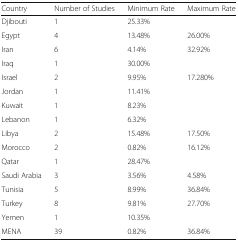
<table><thead><tr><td><b>Country</b></td><td><b>Number of Studies</b></td><td><b>Minimum Rate</b></td><td><b>Maximum Rate</b></td></tr></thead><tbody><tr><td>Djibouti</td><td>1</td><td colspan="2">25.33%</td></tr><tr><td>Egypt</td><td>4</td><td>13.48%</td><td>26.00%</td></tr><tr><td>Iran</td><td>6</td><td>4.14%</td><td>32.92%</td></tr><tr><td>Iraq</td><td>1</td><td colspan="2">30.00%</td></tr><tr><td>Israel</td><td>2</td><td>9.95%</td><td>17.280%</td></tr><tr><td>Jordan</td><td>1</td><td colspan="2">11.41%</td></tr><tr><td>Kuwait</td><td>1</td><td colspan="2">8.23%</td></tr><tr><td>Lebanon</td><td>1</td><td colspan="2">6.32%</td></tr><tr><td>Libya</td><td>2</td><td>15.48%</td><td>17.50%</td></tr><tr><td>Morocco</td><td>2</td><td>0.82%</td><td>16.12%</td></tr><tr><td>Qatar</td><td>1</td><td colspan="2">28.47%</td></tr><tr><td>Saudi Arabia</td><td>3</td><td>3.56%</td><td>4.58%</td></tr><tr><td>Tunisia</td><td>5</td><td>8.99%</td><td>36.84%</td></tr><tr><td>Turkey</td><td>8</td><td>9.81%</td><td>27.70%</td></tr><tr><td>Yemen</td><td>1</td><td colspan="2">10.35%</td></tr><tr><td>MENA</td><td>39</td><td>0.82%</td><td>36.84%</td></tr></tbody></table>